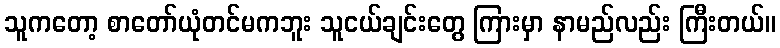
သူကတော့ စာတော်ယုံတင်မကဘူး သူငယ်ချင်းတွေ ကြားမှာ နာမည်လည်း ကြီးတယ်။